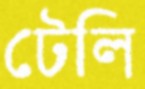
টেলি